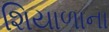
શિયાળાના